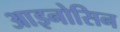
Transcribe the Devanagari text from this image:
आइनोसिन